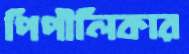
পিপীলিকার